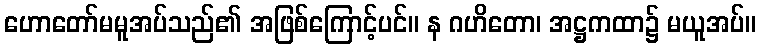
ဟောတော်မမူအပ်သည်၏ အဖြစ်ကြောင့်ပင်။ န ဂဟိတော၊ အဋ္ဌကထာ၌ မယူအပ်။